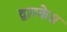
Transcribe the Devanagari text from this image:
द्वारकेस